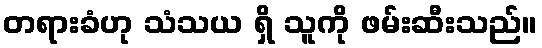
တရားခံဟု သံသယ ရှိ သူကို ဖမ်းဆီးသည်။